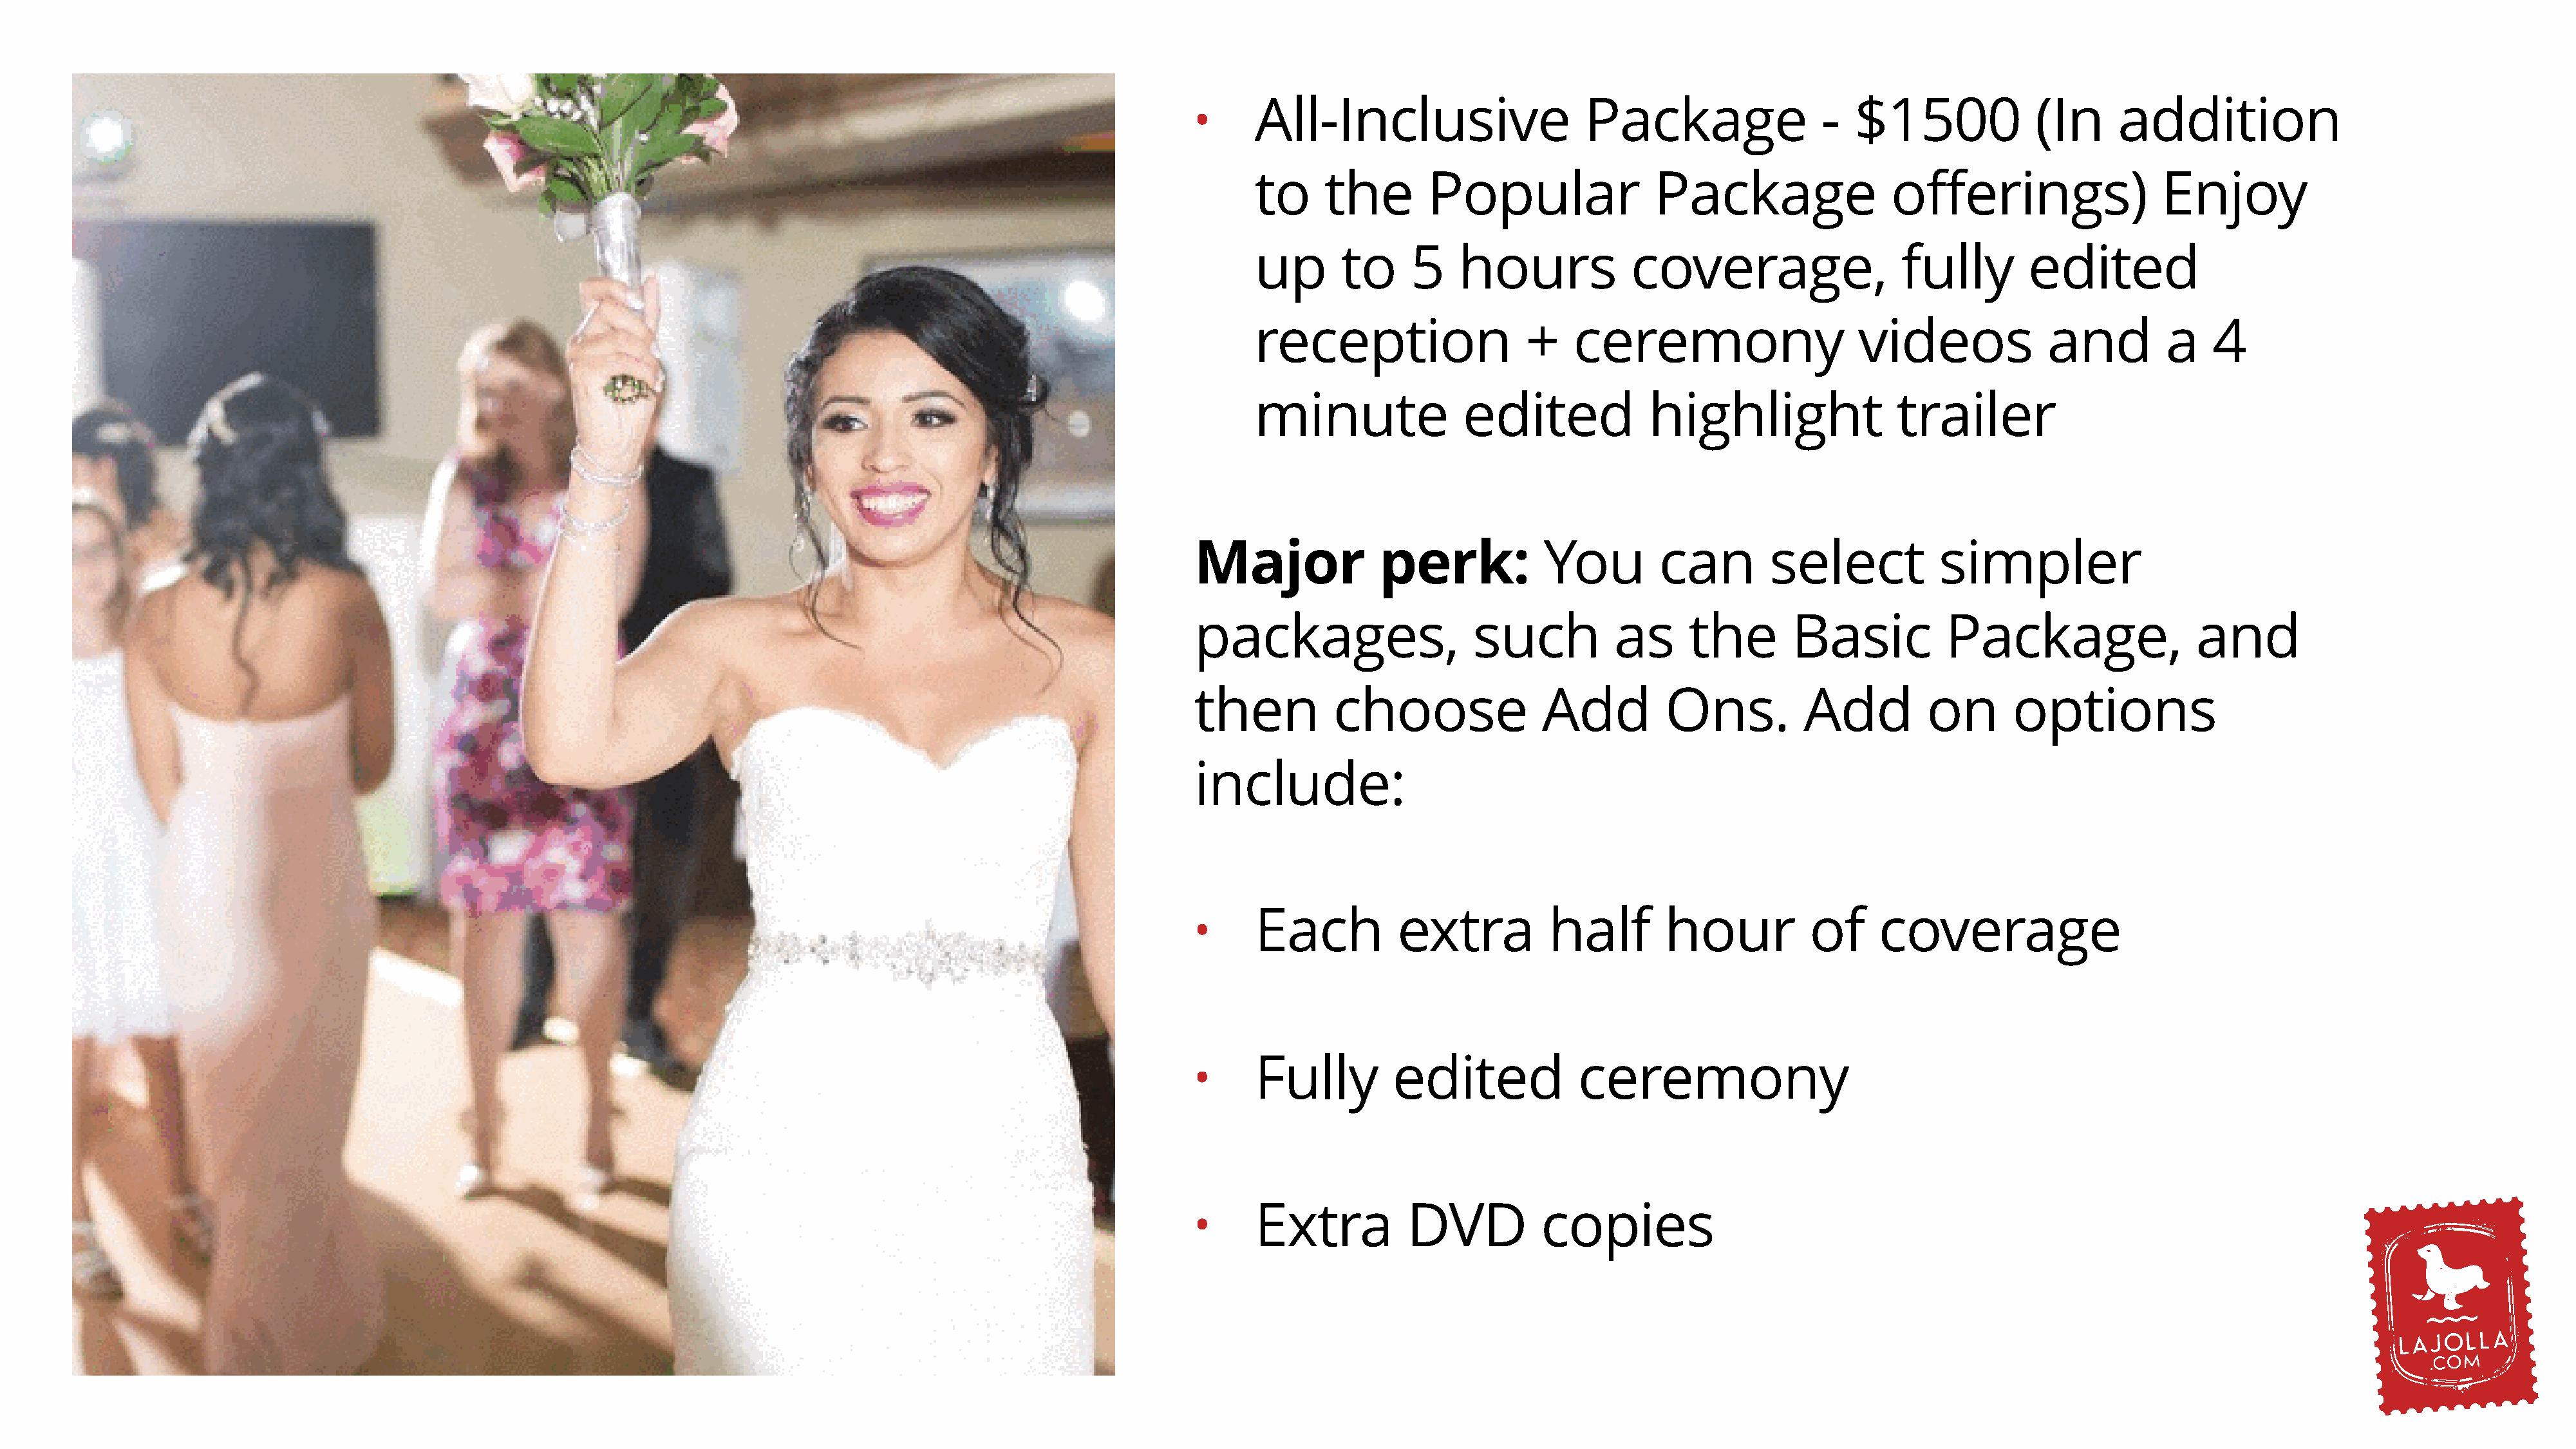
All-Inclusive                     Package                 -   $1500             (In      addition
 •
 to     the        Popular                Package                 offerings)                  Enjoy
 up       to     5    hours             coverage,                  fully        edited
 reception                   +    ceremony                     videos             and          a   4
 minute               edited             highlight                 trailer
 Major              perk:            You         can        select           simpler
 packages,                   such           as      the       Basic           Package,                  and
 then          choose               Add          Ons.          Add          on       options
 include:
 Each           extra          half        hour           of     coverage
 •
 Fully         edited             ceremony
 •
 Extra           DVD          copies
 •